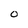
Character: 0